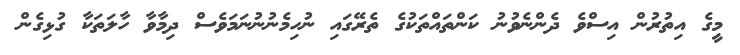
މީގެ އިތުރުން އިސްވެ ދެންނެވުނު ކަންތައްތަކުގެ ތެރޭގައި ނުހިމެނުނުނަމަވެސް ދިމާވާ ހާލަތަކާ ގުޅިގެން